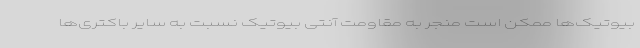
بیوتیک‌ها ممکن است منجر به مقاومت آنتی بیوتیک نسبت به سایر باکتری‌ها